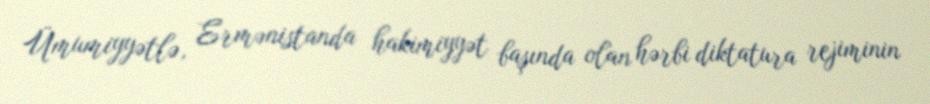
Ümumiyyətlə, Ermənistanda hakimiyyət başında olan hərbi diktatura rejiminin